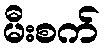
မီးစက်